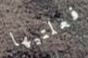
فعلتيها